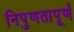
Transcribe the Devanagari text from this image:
निपुणतापूर्ण